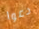
دعوا